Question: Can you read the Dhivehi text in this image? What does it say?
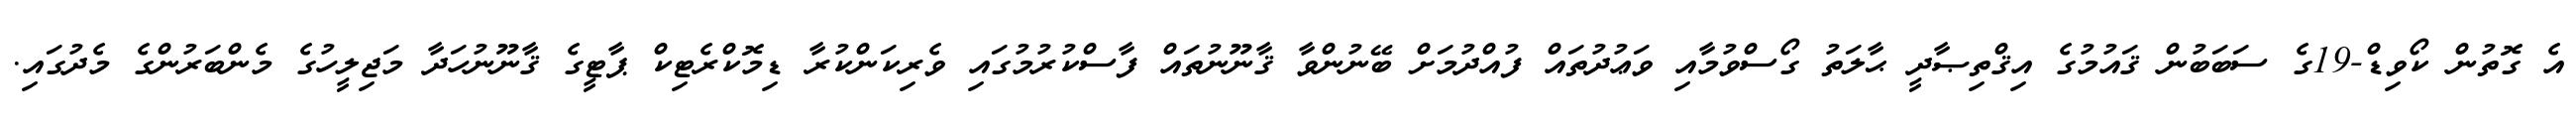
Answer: އެ ގޮތުން ކޯވިޑް-19ގެ ސަބަބުން ޤައުމުގެ އިޤްތިޞާދީ ޙާލަތު ގޯސްވުމާއި ވަޢުދުތައް ފުއްދުމަށް ބޭނުންވާ ޤާނޫނުތައް ފާސްކުރުމުގައި ވެރިކަންކުރާ ޑިމޮކްރެޓިކް ޕާޓީގެ ޤާނޫނުހަދާ މަޖިލީހުގެ މެންބަރުންގެ މެދުގައި.